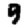
Digit: 9